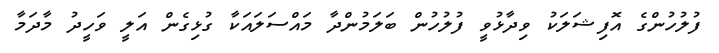
ފުލުހުންގެ އޮފިޝަލަކު ވިދާޅުވީ ފުލުހުން ބަލަމުންދާ މައްސަލައަކާ ގުޅިގެން އަލީ ވަހީދު މާދަމާ